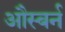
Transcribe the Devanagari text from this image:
औस्बर्न